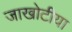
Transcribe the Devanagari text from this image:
जाखोटीया